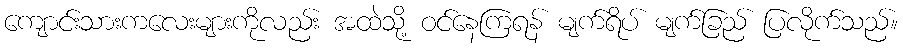
ကျောင်းသားကလေးများကိုလည်း အထဲသို့ ဝင်နေကြရန် မျက်ရိပ် မျက်ခြည် ပြလိုက်သည်။